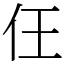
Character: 仼